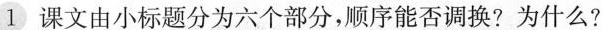
1 课文由小标题分为六个部分，顺序能否调换?为什么?